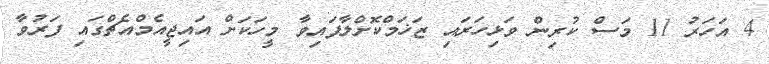
4 އަހަރު 11 މަސް ކުރިން ވަޅިހަރައި ޒަޚަމްކޮށްލާފައިވާ މީހަކަށް އައިޖީއެމްއެޗްގައި ފަރުވާ